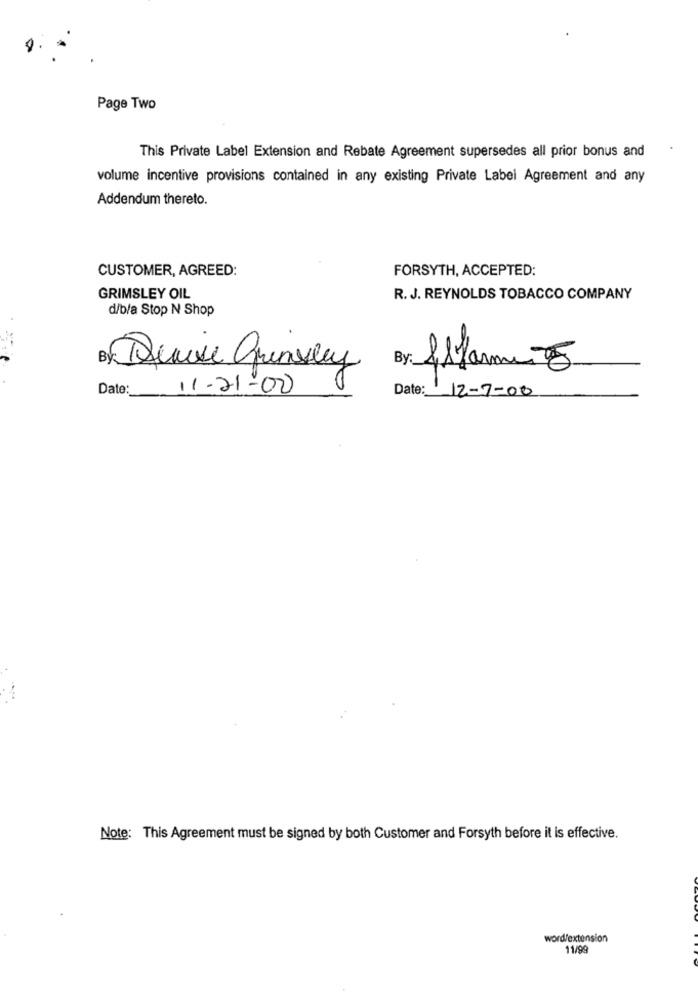
Page Two
This Private Label Extension and Rebate Agreement supersedes all prior bonus and
volume incentive provisions contained in any existing Private Label Agreement and any
Addendum thereto.
CUSTOMER, AGREED:
FORSYTH, ACCEPTED:
GRIMSLEY OIL
R. J. REYNOLDS TOBACCO COMPANY
d/b/a Stop N Shop
By Devise Grimsley
Date:
11-21-00
Date: 12-7-08
Note: This Agreement must be signed by both Customer and Forsyth before it is effective.
word/extension
11/9